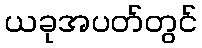
ယခုအပတ်တွင်